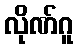
လိုဏ်ဂူ